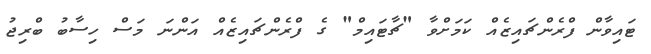
ޓައިވާން ފްރެންޗައިޒެއް ކަމަށްވާ "ޗާޓައިމް" ގެ ފްރެންޗައިޒެއް އަންނަ މަސް ހިސާބު ބްރިޖު